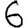
Digit: 6